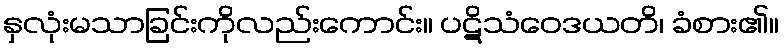
နှလုံးမသာခြင်းကိုလည်းကောင်း။ ပဋိသံဝေဒယတိ၊ ခံစား၏။